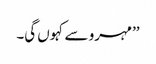
’’مہرو سے کہوں گی۔